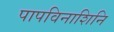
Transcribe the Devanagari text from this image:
पापविनाशिनि